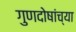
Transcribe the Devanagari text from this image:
गुणदोषांच्या